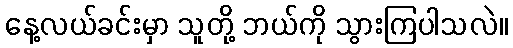
နေ့လယ်ခင်းမှာ သူတို့ ဘယ်ကို သွားကြပါသလဲ။